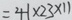
= 4 1 \times 2 3 \times 1 1